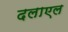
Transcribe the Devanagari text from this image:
दलाएल